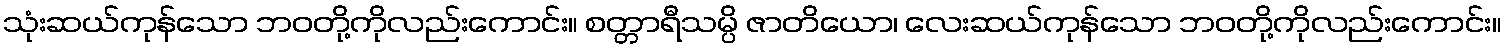
သုံးဆယ်ကုန်သော ဘဝတို့ကိုလည်းကောင်း။ စတ္တာရီသမ္ပိ ဇာတိယော၊ လေးဆယ်ကုန်သော ဘဝတို့ကိုလည်းကောင်း။